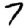
Digit: 7